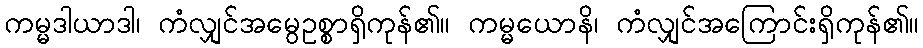
ကမ္မဒါယာဒါ၊ ကံလျှင်အမွေဥစ္စာရှိကုန်၏။ ကမ္မယောနိ၊ ကံလျှင်အကြောင်းရှိကုန်၏။